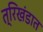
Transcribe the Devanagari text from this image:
त्रिखंडात